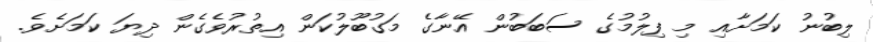
ލިބުނު ކަމަށާއި މި ފިލުމުގެ ސަބަބުން އޭނާގެ މަގުބޫލުކަން އިތުރުވެގެން ދިޔަ ކަމަށެވެ.